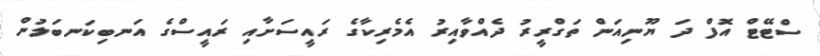
ސްޓޭޓް އޮފް ދަ ޔޫނިއަން ތަގްރީރު ދެއްވާއިރު އެމެރިކާގެ ރައީސަށާއި ރައީސްގެ އަނބިކަނބަލުން